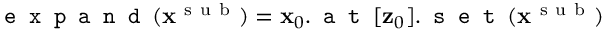
\texttt { e x p a n d } ( \mathbf { x } ^ { \mathrm { ~ s ~ u ~ b ~ } } ) = \mathbf { x } _ { 0 } . \texttt { a t } [ \mathbf { z } _ { 0 } ] . \texttt { s e t } ( \mathbf { x } ^ { \mathrm { ~ s ~ u ~ b ~ } } )